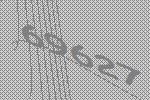
69627